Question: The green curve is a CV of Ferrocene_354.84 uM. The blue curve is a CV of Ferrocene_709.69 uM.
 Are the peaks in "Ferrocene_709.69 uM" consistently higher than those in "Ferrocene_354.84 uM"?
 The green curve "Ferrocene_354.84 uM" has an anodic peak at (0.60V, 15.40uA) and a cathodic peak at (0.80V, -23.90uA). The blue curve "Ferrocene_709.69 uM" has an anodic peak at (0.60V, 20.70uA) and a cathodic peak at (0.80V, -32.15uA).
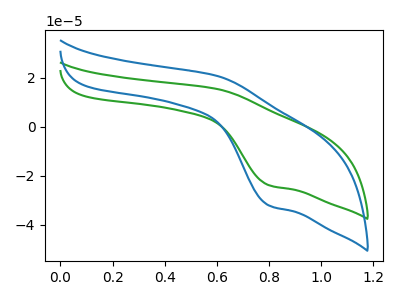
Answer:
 <answer>Every peak in "Ferrocene_709.69 uM" is higher than every peak in "Ferrocene_354.84 uM".</answer>
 <eval>higher</eval>